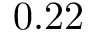
0 . 2 2